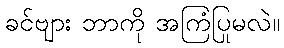
ခင်ဗျား ဘာကို အကြံပြုမလဲ။